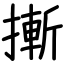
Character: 摲